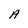
Character: A